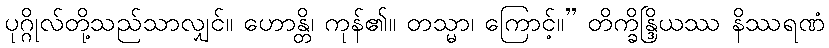
ပုဂ္ဂိုလ်တို့သည်သာလျှင်။ ဟောန္တိ၊ ကုန်၏။ တသ္မာ၊ ကြောင့်။” တိက္ခိန္ဒြိယဿ နိဿရဏံ